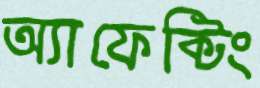
অ্যাফেক্টিং